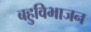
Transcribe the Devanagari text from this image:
बहुविभाजन